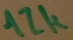
Text: 12k